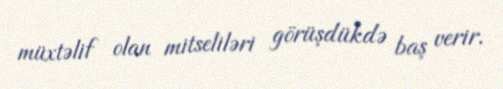
müxtəlif olan mitseliləri görüşdükdə baş verir.